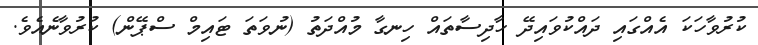
ކުރުވާހަކަ އެއްގައި ދައްކުވައިދޭ ހާދިސާތައް ހިނގާ މުއްދަތު (ނުވަތަ ޓައިމް ސްޕޭން) ކުރުވާނެއެވެ.